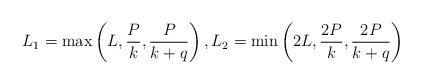
LaTeX: \begin{align*}L_{1}=\max\left(L,\frac{P}{k},\frac{P}{k+q}\right), L_{2}=\min\left(2L,\frac{2P}{k},\frac{2P}{k+q}\right)\end{align*}